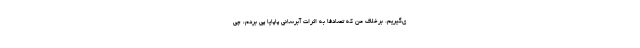
ی‌گیریم. برخلاف من که تصادفاً به اثرات آبرسانی پاپایا پی بردم، چی